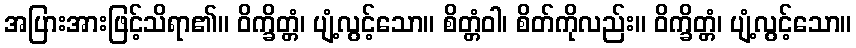
အပြားအားဖြင့်သိရာ၏။ ဝိက္ခိတ္တံ၊ ပျံ့လွင့်သော။ စိတ္တံဝါ၊ စိတ်ကိုလည်း။ ဝိက္ခိတ္တံ၊ ပျံ့လွင့်သော။